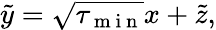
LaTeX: \tilde{y}=\sqrt{\tau_{\mathrm{~m~i~n~}}}x+\tilde{z},